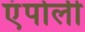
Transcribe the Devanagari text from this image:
एंपोली